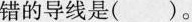
错的导线是()。